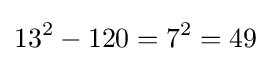
13^{2}-120=7^{2}=49